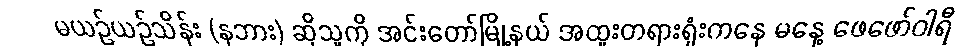
မယဥ်ယဥ်သိန်း (နဘား) ဆိုသူကို အင်းတော်မြို့နယ် အထူးတရားရုံးကနေ မနေ့ ဖေဖော်ဝါရီ